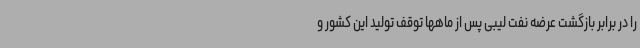
را در برابر بازگشت عرضه نفت لیبی پس از ماهها توقف تولید این کشور و